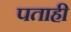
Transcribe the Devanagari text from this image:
पताही